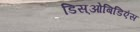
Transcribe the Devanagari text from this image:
डिस्‌ओबिडिएंस